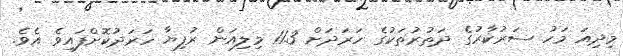
މިދިއަ މަހު ސަރުކާރުގެ ދަތުރުތަކުގެ ހަރަދަށް 11.3 މިލިއަން ރުފިޔާ ހަރަދުކޮށްފައިވެ އެވެ.